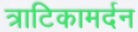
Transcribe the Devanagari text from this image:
त्राटिकामर्दन